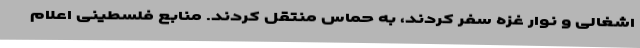
اشغالی و نوار غزه سفر کردند، به حماس منتقل کردند. منابع فلسطینی اعلام